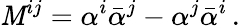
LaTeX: \mathit{M}^{ij}=\alpha^{i}\bar{{\alpha}}^{j}-\alpha^{j}\bar{{\alpha}}^{i}\, .